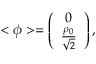
< { \phi } > = \left( \begin{array} { c l } { { 0 } } \\ { { \frac { \rho _ { 0 } } { \sqrt { 2 } } } } \end{array} \right) ,